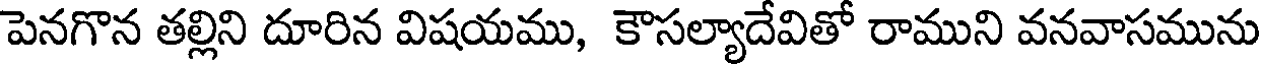
పెనగొన తల్లిని దూరిన విషయము, కౌసల్యాదేవితో రాముని వనవాసమును